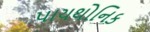
પાયથોનિક